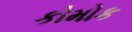
કોમોક